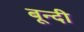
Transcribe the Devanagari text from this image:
बून्‍दी